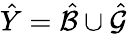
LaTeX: \hat{Y}=\hat{\mathcal B}\cup\hat{\mathcal G}